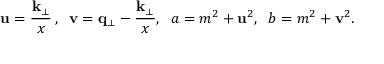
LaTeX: { \bf u } = { \frac { { \bf k } _ { \perp } } { x } } \, , \; \; { \bf v } = { \bf q } _ { \perp } - { \frac { { \bf k } _ { \perp } } { x } } , \; \; a = m ^ { 2 } + { \bf u } ^ { 2 } , \; \; b = m ^ { 2 } + { \bf v } ^ { 2 } .